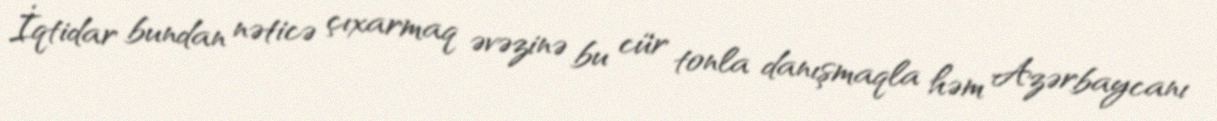
İqtidar bundan nəticə çıxarmaq əvəzinə bu cür tonla danışmaqla həm Azərbaycanı